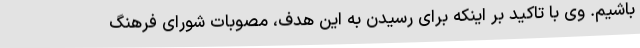
باشیم. وی با تاکید بر اینکه برای رسیدن به این هدف، مصوبات شورای فرهنگ